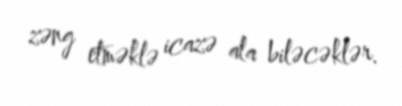
zəng etməklə icazə ala biləcəklər.